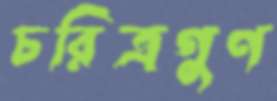
চরিত্রগুণ